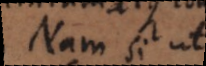
Nam si ut